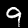
Label: 9